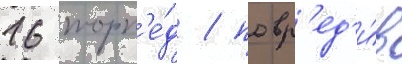
16 торп'е́д / повр'ед'и́в